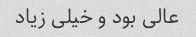
عالی بود و خیلی زیاد